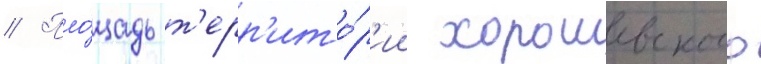
// Пло́щадь т'ерр'ито́р'ии хорошевского